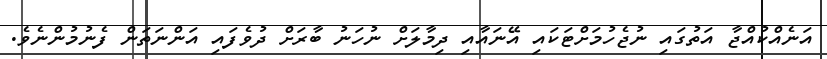
އަނެއްކުއްޖާ އަތުގައި ނުޖެހުމަށްޓަކައި އޭނައާއި ދިމާލަށް ނުހަނު ބާރަށް ދުވެފައި އަންނަތަން ފެނުމުންނެވެ.